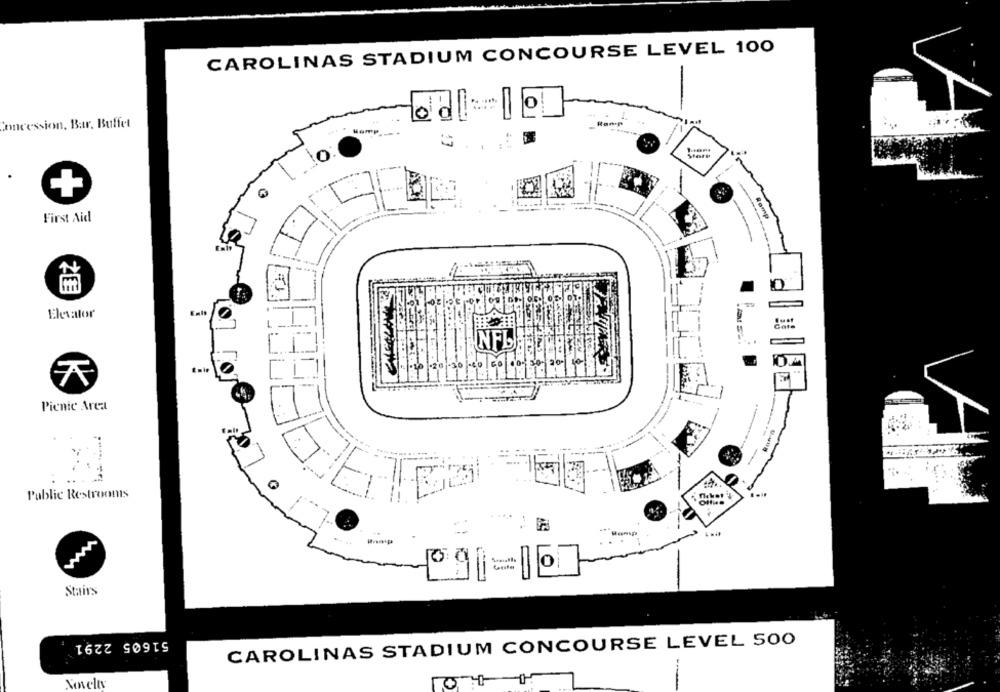
CAROLINAS STADIUM CONCOURSE LEVEL 100
Concession, Bar, Buffet
Hamp
O
Stare
+
Romp
First Aid
Elevator
Just
Gate
INFL
1.20 -30/20 50
Picnic Area
-.
Public Restrooms
09 = 0
Stairs
51605 2291
CAROLINAS STADIUM CONCOURSE LEVEL 500
Novelty